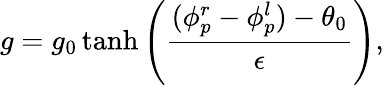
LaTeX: g=g_{0}\operatorname{tanh}\left(\frac{(\phi_{p}^{r}-\phi_{p}^{l})-\theta_{0}}{\epsilon}\right),